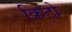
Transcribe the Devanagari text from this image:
क्रिटो